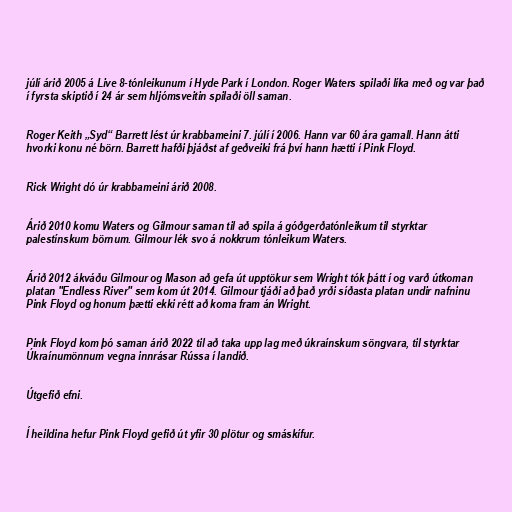
júlí árið 2005 á Live 8-tónleikunum í Hyde Park í London. Roger Waters spilaði líka með og var það
í fyrsta skiptið í 24 ár sem hljómsveitin spilaði öll saman.

Roger Keith „Syd“ Barrett lést úr krabbameini 7. júlí í 2006. Hann var 60 ára gamall. Hann átti
hvorki konu né börn. Barrett hafði þjáðst af geðveiki frá því hann hætti í Pink Floyd.

Rick Wright dó úr krabbameini árið 2008.

Árið 2010 komu Waters og Gilmour saman til að spila á góðgerðatónleikum til styrktar
palestínskum börnum. Gilmour lék svo á nokkrum tónleikum Waters.

Árið 2012 ákváðu Gilmour og Mason að gefa út upptökur sem Wright tók þátt í og varð útkoman
platan "Endless River" sem kom út 2014. Gilmour tjáði að það yrði síðasta platan undir nafninu
Pink Floyd og honum þætti ekki rétt að koma fram án Wright.

Pink Floyd kom þó saman árið 2022 til að taka upp lag með úkraínskum söngvara, til styrktar
Úkraínumönnum vegna innrásar Rússa í landið.

Útgefið efni.

Í heildina hefur Pink Floyd gefið út yfir 30 plötur og smáskífur.